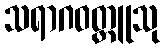
သရာဂဝတ္ထူသု